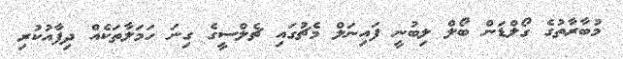
މުބާރާތުގެ ގޯލްޑަން ބޯލް ލިބުނީ ފައިނަލް މެޗުގައި ޗެލްސީގެ ގިނަ ހަމަލާތަކެއް ދިފާއުކުރި